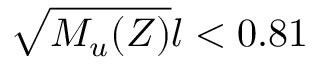
\sqrt { M _ { u } ( Z ) } l < 0 . 8 1